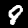
Label: 8